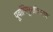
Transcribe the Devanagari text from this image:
पूर्वाभिमुखीकरण